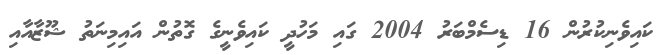
ކައިވެނިކުރުން 16 ޑިސެމްބަރު 2004 ގައި މަހުދީ ކައިވެނީގެ ގޮތުން އައިމިނަތު ޝޫޒާއާއި